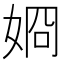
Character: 𡝆